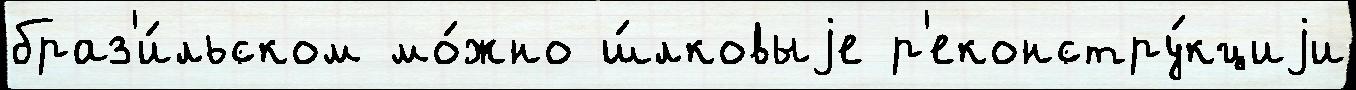
браз'и́льском мо́жно ш́лковыjе р'еконстру́кциjи